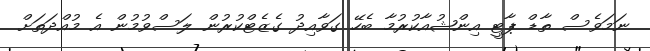
ނަމަވެސް ތާޑް ޕާޓީ އިންޝުއާކުރުމާ ބެހޭ ގަވާއިދު ގެޒެޓްކުރުން ލަސްވުމުން އެ މުއްދަތަށް